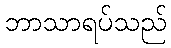
ဘာသာရပ်သည်